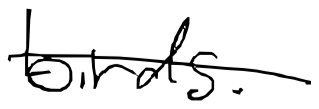
Text: birds.
Cross-out: mix
Writing tool: digital_black